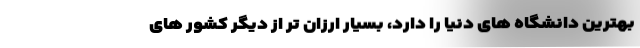
بهترین دانشگاه های دنیا را دارد، بسیار ارزان تر از دیگر کشور های